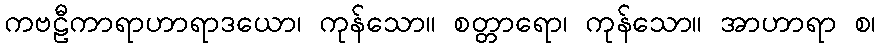
ကဗဠီကာရာဟာရာဒယော၊ ကုန်သော။ စတ္တာရော၊ ကုန်သော။ အာဟာရာ စ၊